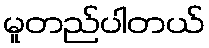
မူတည်ပါတယ်